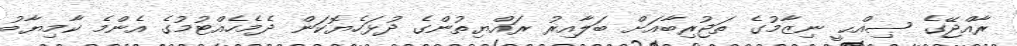
ރާއްޖޭގެ ޞިއްޙީ ނިޒާމުގެ ތަޖުރިބާއަށް ބަލާއިރު ރައްޔިތުންގެ ދުޅަހެޔޮކަން ދެމެހެއްޓުމުގެ އެންމެ ކާމިޔާބު